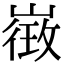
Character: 𭗓